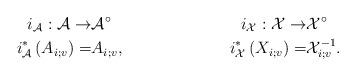
LaTeX: \begin{align*} i_\mathcal{A}:\mathcal{A}\rightarrow & \mathcal{A}^\circ & i_\mathcal{X}:\mathcal{X}\rightarrow & \mathcal{X}^\circ\\ i_\mathcal{A}^*\left(A_{i;v}\right)=&A_{i;v}, & i_\mathcal{X}^*\left(X_{i;v}\right)=&\mathcal{X}_{i;v}^{-1}.\end{align*}